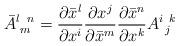
LaTeX: \begin{align*}\bar{A}{}_{\,\,m}^{l\,\,\,\,n}=\frac{\partial\bar{x}{}^{l}}{\partial x^{i}}\frac{\partial x^{j}}{\partial\bar{x}{}^{m}}\frac{\partial\bar{x}{}^{n}}{\partial x^{k}}A{}_{\,\,\,j}^{i\,\,\,k}\end{align*}